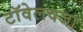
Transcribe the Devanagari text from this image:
टॉवेलवजा